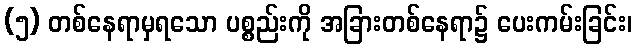
(၅) တစ်နေရာမှရသော ပစ္စည်းကို အခြားတစ်နေရာ၌ ပေးကမ်းခြင်း၊